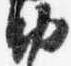
納